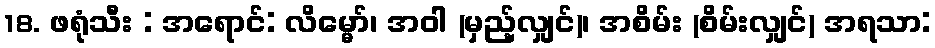
18. ဖရုံသီး : အရောင်: လိမ္မော်၊ အဝါ (မှည့်လျှင်)၊ အစိမ်း (စိမ်းလျှင်) အရသာ: